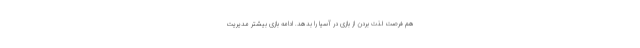
هم فرصت لذت بردن از بازی در آسیا را بدهد. ادامه بازی بیشتر مدیریت